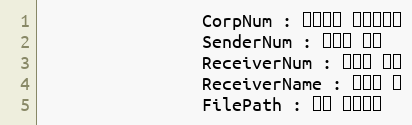
Language: Python
                CorpNum : 팝빌회원 사업자번호
                SenderNum : 발신자 번호
                ReceiverNum : 수신자 번호
                ReceiverName : 수신자 명
                FilePath : 발신 파일경로